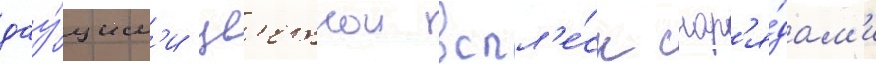
дау́щим'и цв'етнои вспл'е́ск снар'я́дам'и